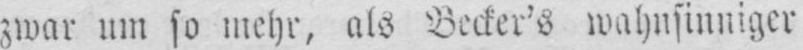
zwar um so mehr, als Becker’s wahnsinniger